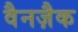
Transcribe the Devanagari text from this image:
वैनज़ैक